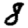
Digit: 8